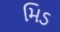
મિડ